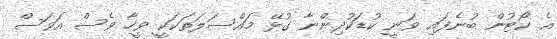
އެ ކޯޓުން ބުނެފައި ވަނީ ކުޑަކުދިންނާ ގުޅޭ މައްސަލަތަކަކީ ވީހާ ވެސް އަވަސް